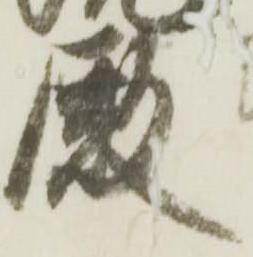
殿